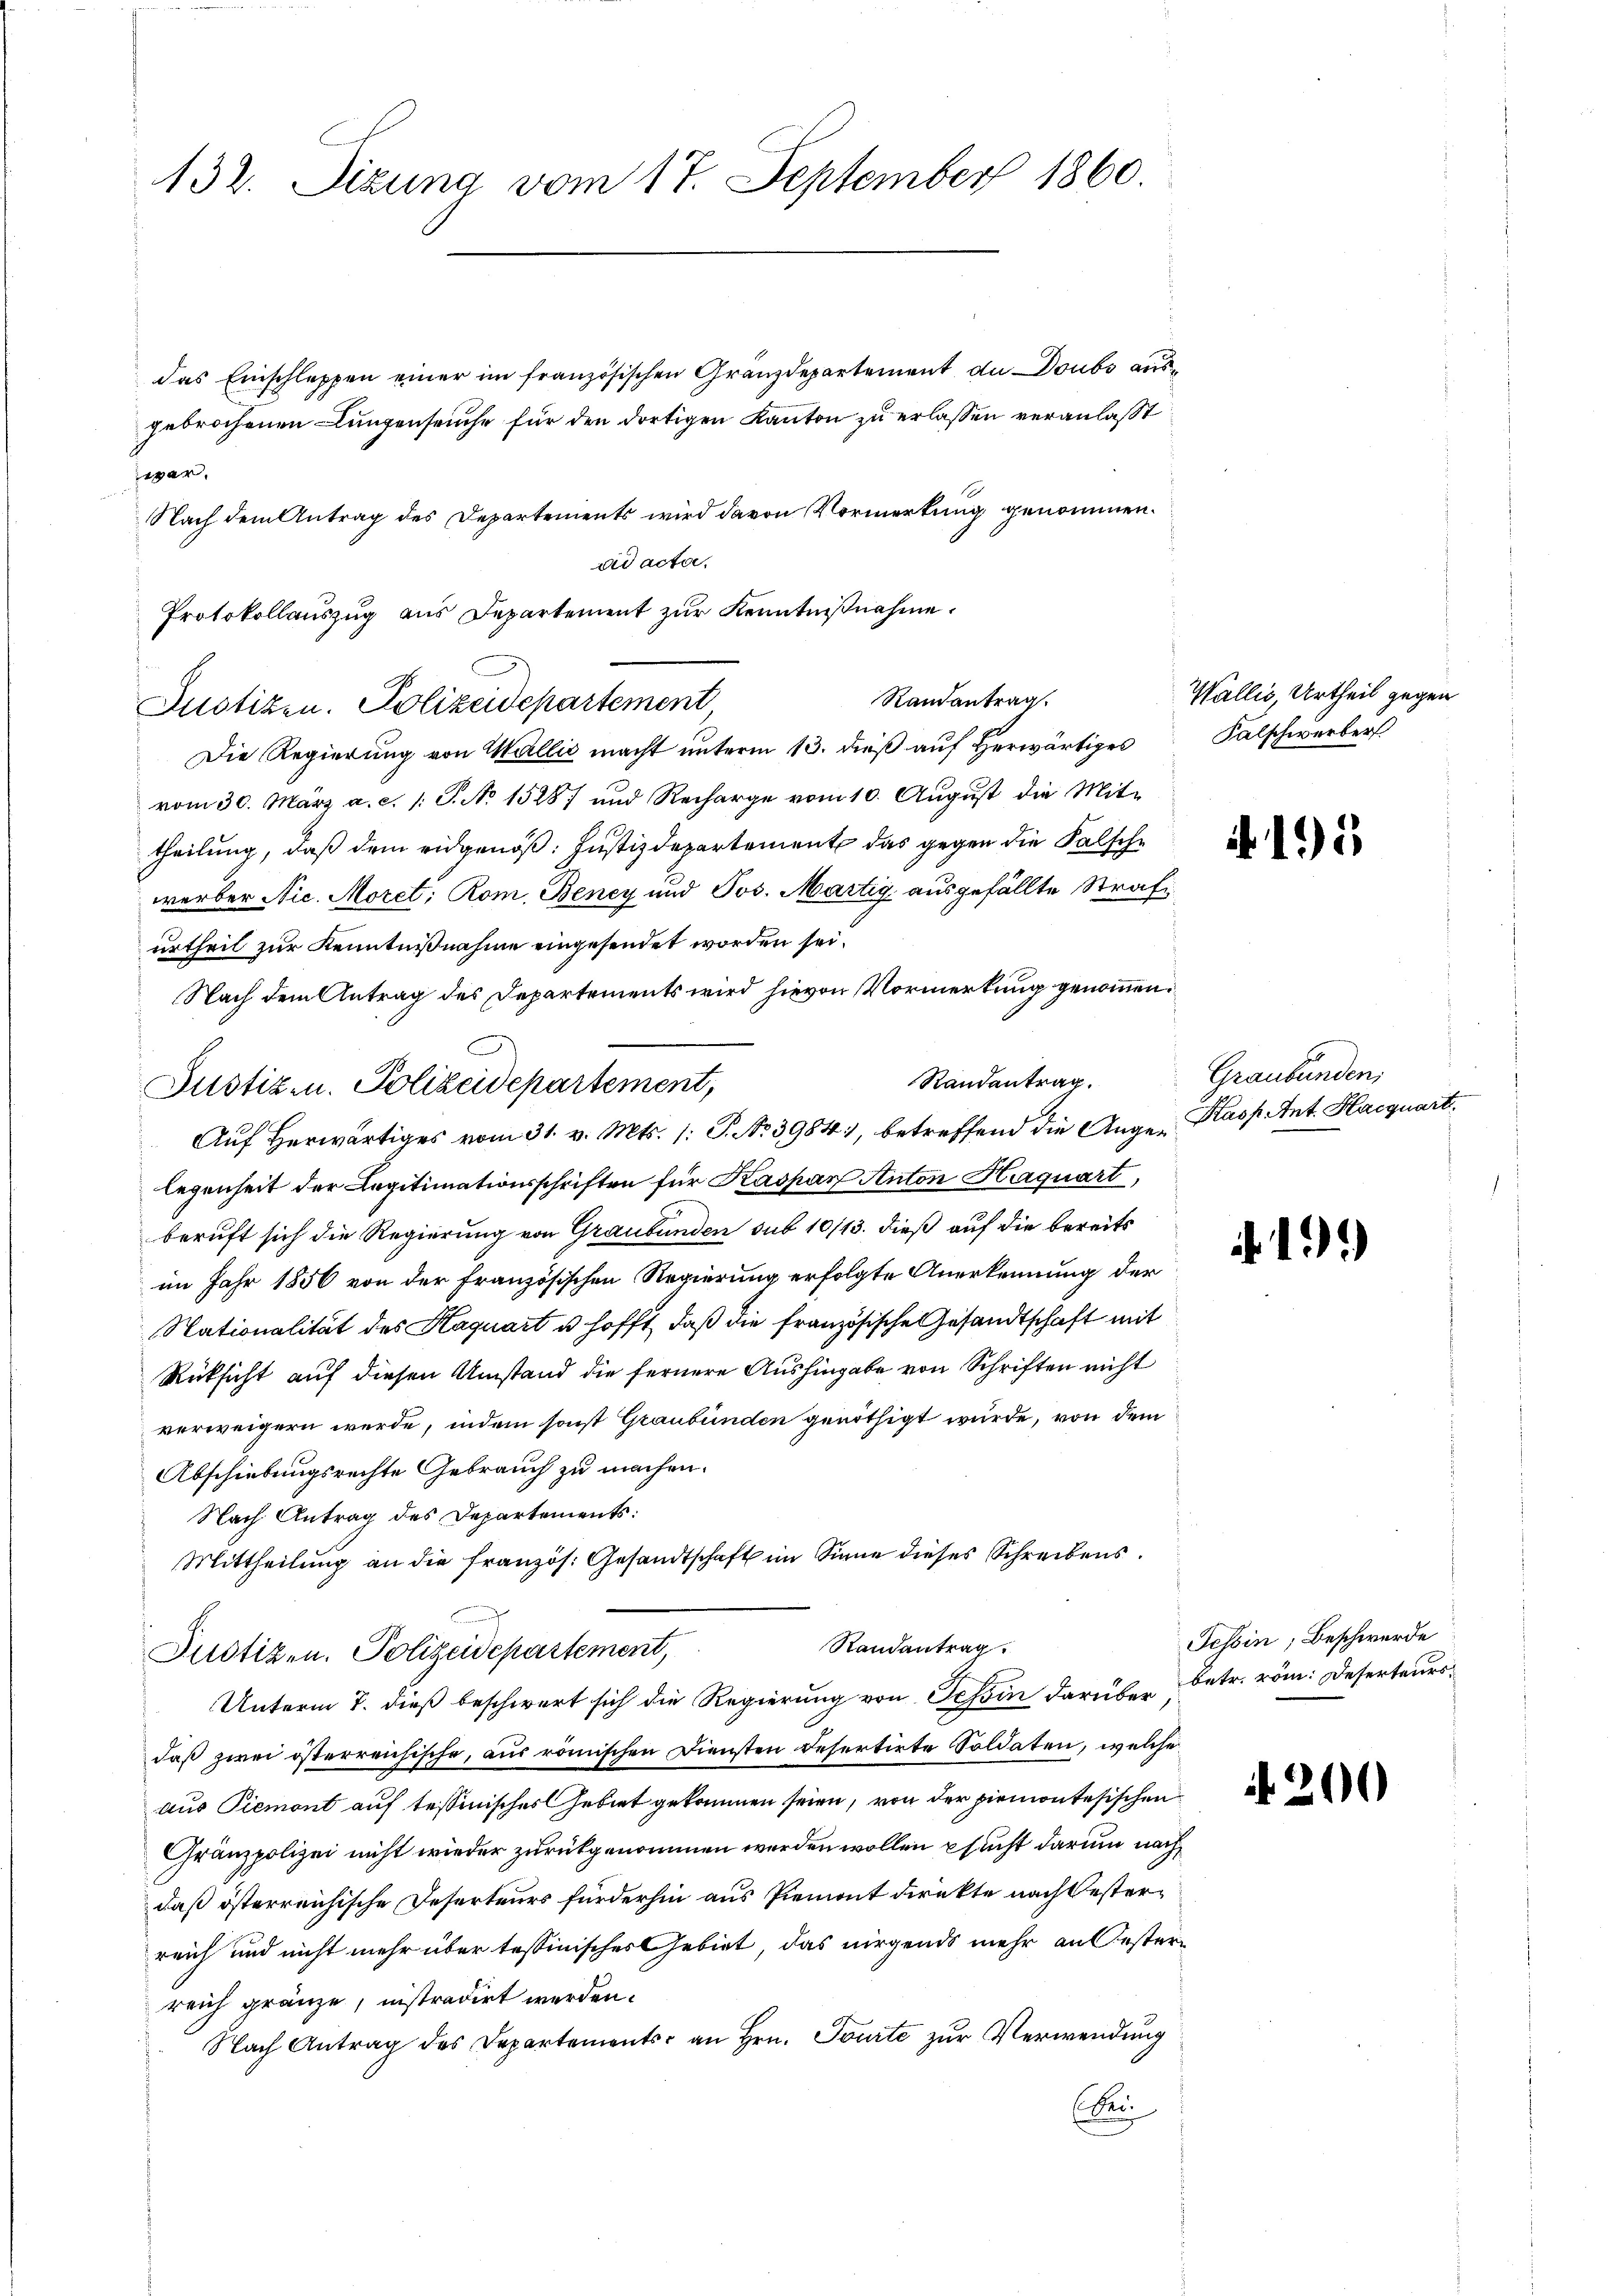
132. Sitzung vom 17. September 1860.

das Einschleppen einer im französischen Gränzdepartement du Doubs ausgebrochenen Lungenseuche für den dortigen Kanton zu erlassen veranlaßt
segar,
Nach dem Antrag des Departements wird davon Vormerkung genommen.
Die Regierung von Wallis macht unterm 13. dieß auf Herwärtiges
vom 30. März a. c. 1 S. No 15887 und Recharge vom 10. August die Mittheilung, daß dem eidgenöß: Justizdepartement das gegen die Falsche
werber Nic. Moret, Rom, Beney und Jos. Martig ausgefällte Strafi
urtheil zur Kenntnißnahme eingesendet worden sei.
Nach dem Antrag des Departements wird hievon Vormerkung genommen.
Randantrag.
Auf Herwärtiges vom 31. v. Mts. 1: P. Nr. 3984), betreffend die Ange-Kasp. Ant. Haequart.
legenheit der Legitimationsschriften für Kaspar Anton Haquart,
beruft sich die Regierung von Graubünden sub 10/13. dieß auf die bereits
im Jahr 1856 von der französischen Regierung erfolgte Anerkennung der
Nationalität des Haquart u. hofft, daß die französische Gesandtschaft mit
Rüksicht auf diesen Umstand die fernere Aushingabe von Schriften nicht
verweigern werde, indem sonst Graubünden genöthigt wurde, von dem
Abschiebungsrechte Gebrauch zu machen.
Nach Antrag des Departements:
Mittheilung an die französ. Gesandtschaft im Sinne dieses Schreibens¬
Randantrag.
Justizen. Polizeidepartement,
Unterm 7. dieß beschwert sich die Regierung von Tessin darüber betr. röm: Deserteurs
daß zwei österreichische, aus römischen Diensten Refertirte Soldaten, welche
aus Piemont auf tessinisches Gebiet gekommen seien, von der Piemontesischen
Gränzpolizei nicht wieder zurückgenommen werden wollen psucht darum nachdaß österreichische Deserteurs fürderhin aus Piemont direkte nach besterreich und nicht mehr über tessinisches Gebiet, das nirgends mehr an Oesterreich gränze, instradirt werden.
Nach Antrag des Departements an Hrn. Tourte zur Verwendung
bei

ad acta,
Protokollauszug aus Departement zur Kenntnißnahme.
Justizen. Polizeidepartement

Justizen. Polizeidepartement,

Randantrag

Wallis, Urtheil gegen
Falschwerber

.195

Graubünden,

19.)

Tessin, Beschwerde

. 200